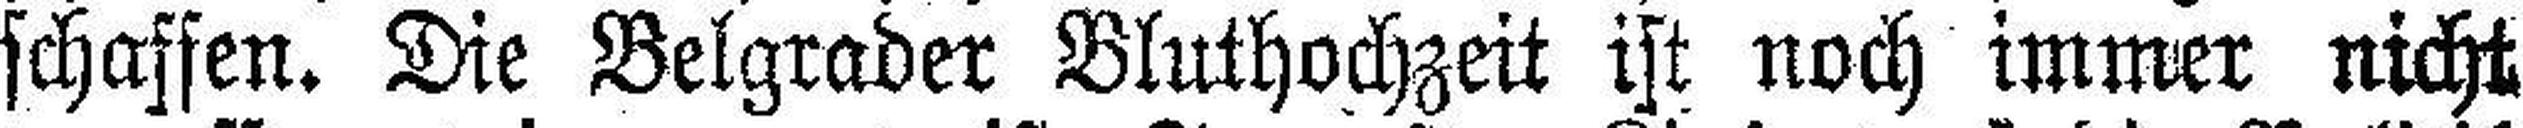
schaffen. Die Belgrader Bluthochzeit ist noch immer nicht